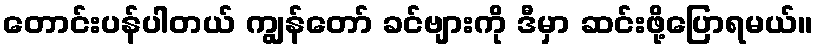
တောင်းပန်ပါတယ် ကျွန်တော် ခင်ဗျားကို ဒီမှာ ဆင်းဖို့ပြောရမယ်။